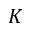
K